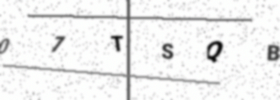
Text: 07TSQB